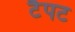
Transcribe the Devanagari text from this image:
टैपट